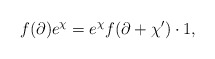
\begin{align*}f(\partial)e^\chi= e^\chi f(\partial + \chi') \cdot 1,\end{align*}